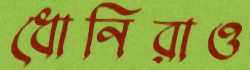
ধোনিরাও